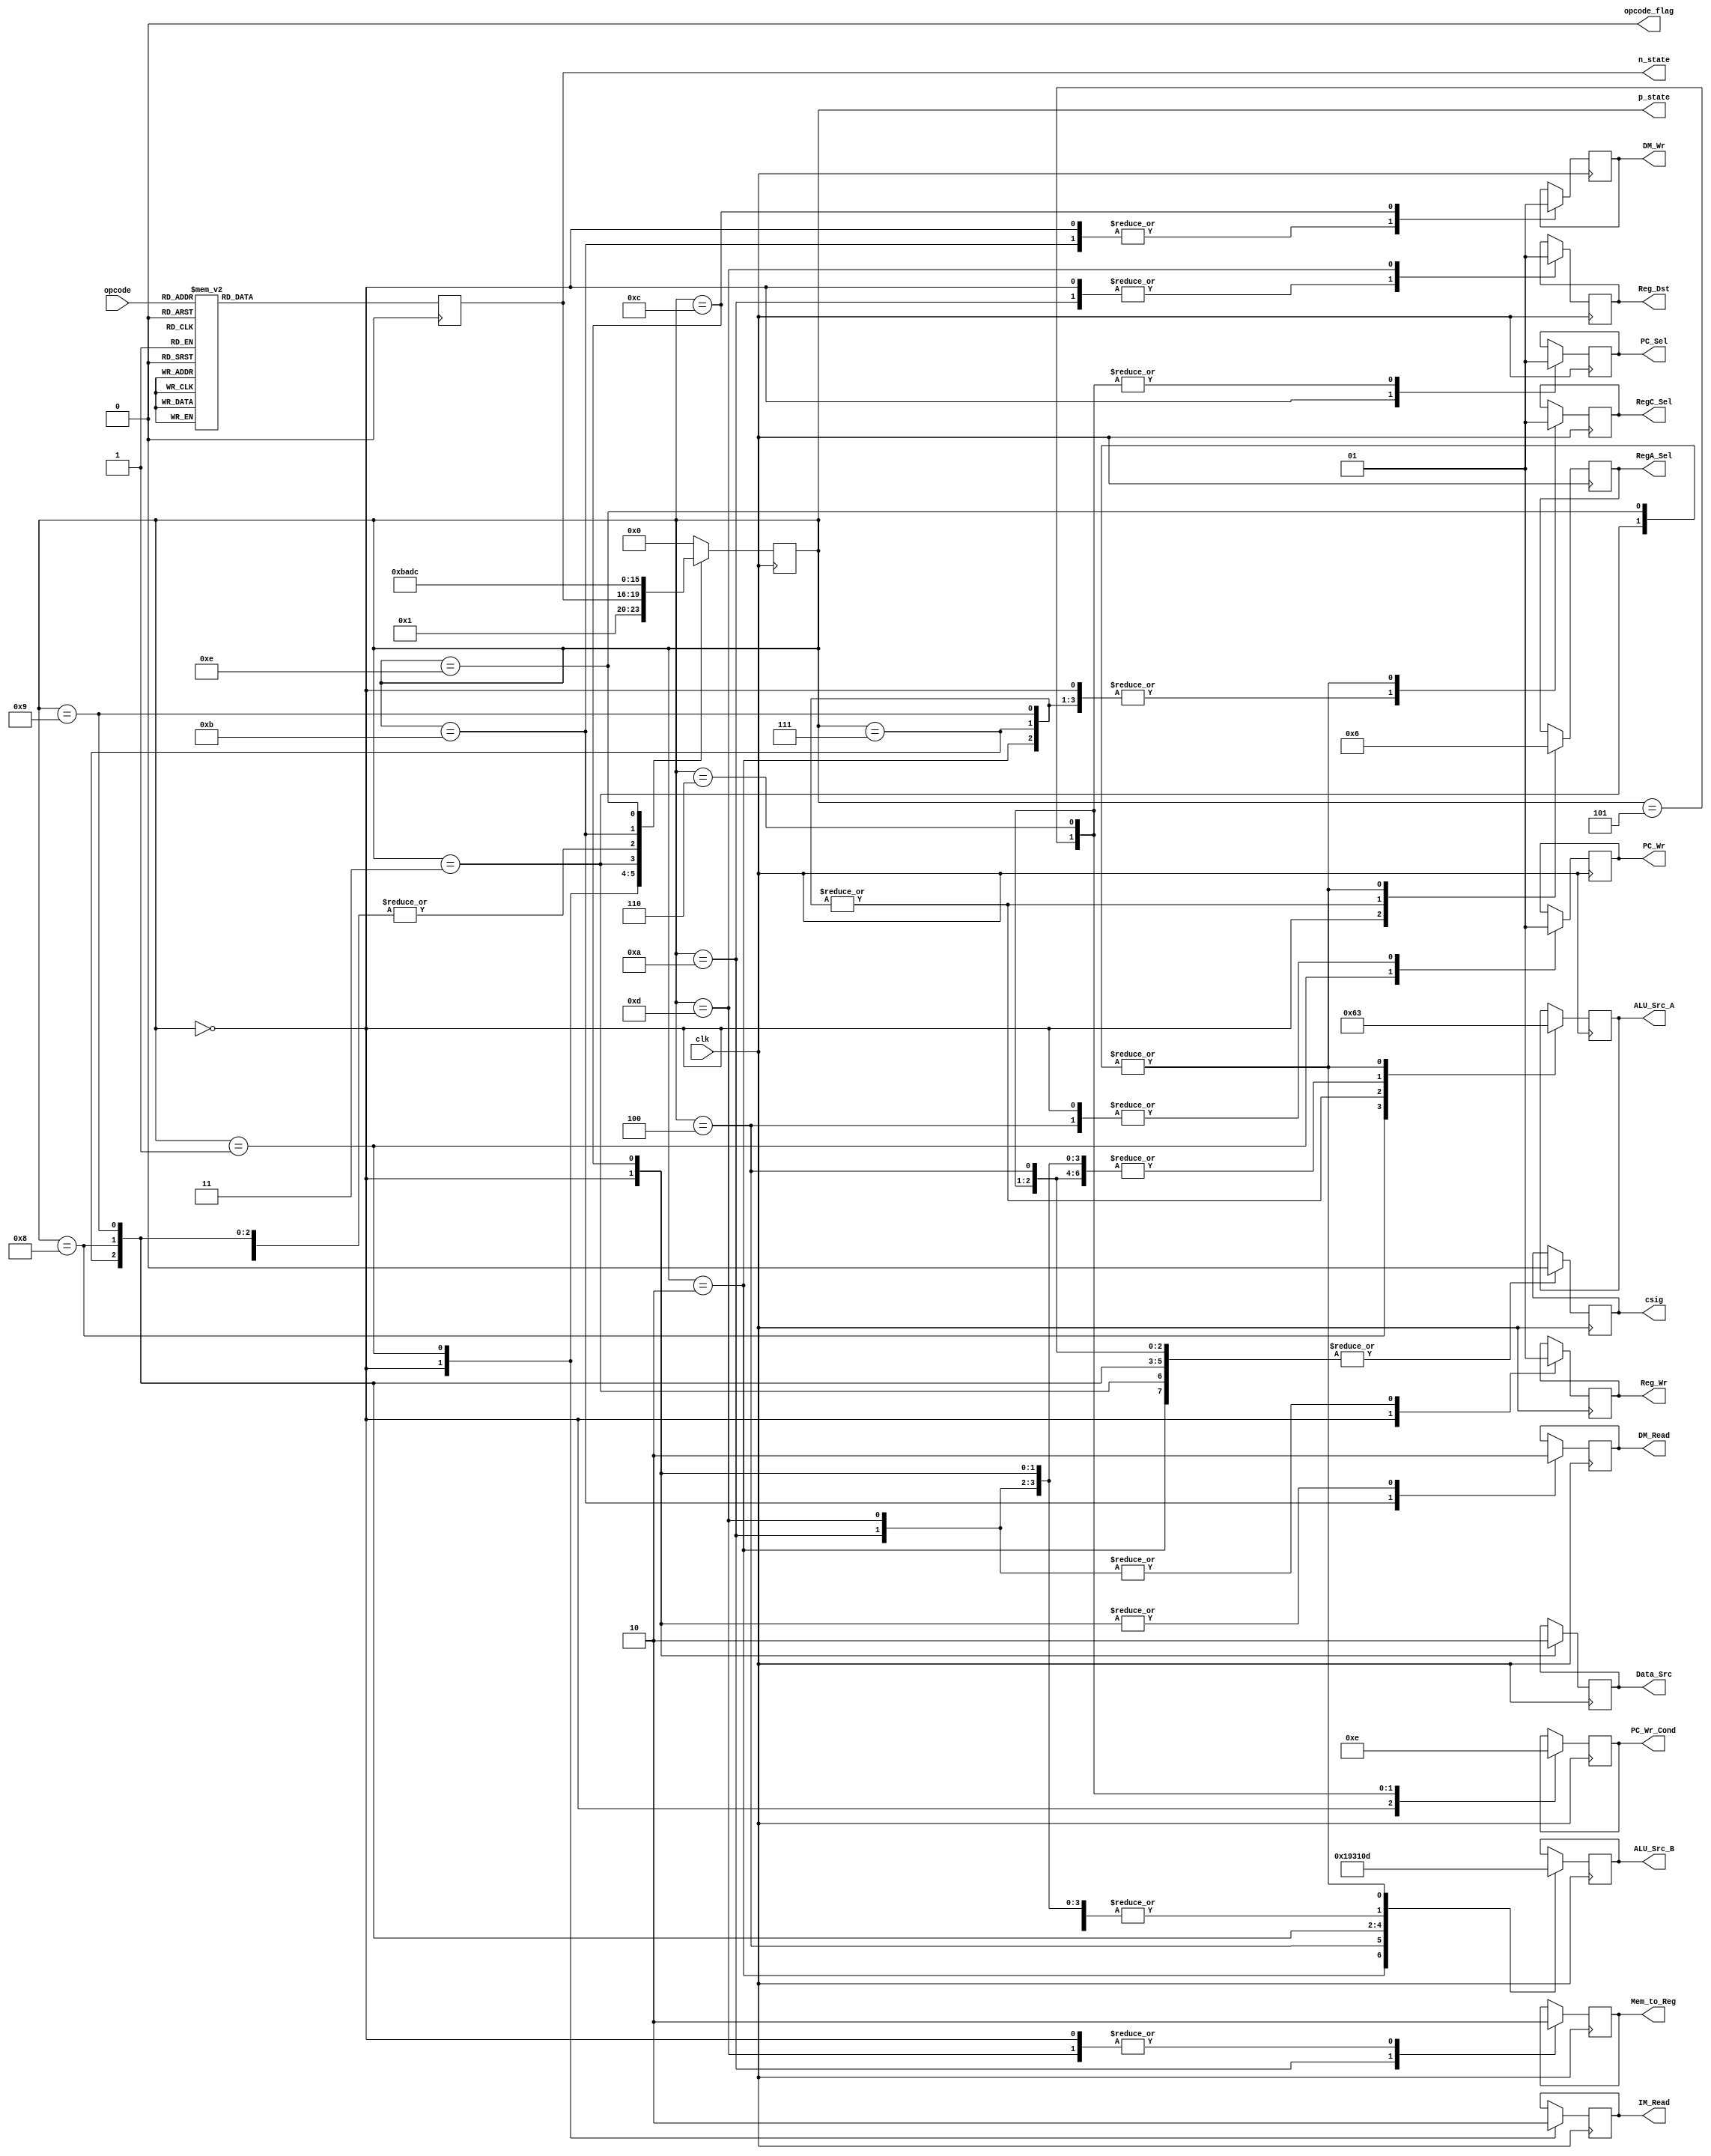
module control (
    output reg PC_Sel,
    output reg PC_Wr,
    output reg IM_Read,
    output reg DM_Read,
    output reg DM_Wr,
    output reg Reg_Dst,
    output reg Mem_to_Reg,
    output reg Reg_Wr,
    output reg Data_Src,
    output reg [1:0]PC_Wr_Cond,
    output reg [1:0] ALU_Src_A,
    output reg [2:0] ALU_Src_B,
    output reg [1:0] RegA_Sel,
    output reg RegC_Sel,
    output reg csig,
    input [3:0] opcode,
    input clk,
    output reg [3:0] p_state,    
    output reg [3:0] n_state,
    output reg opcode_flag
    );

    // reg [3:0] p_state, n_state
    // reg opcode_flag;
    // reg opcode;
    initial begin
        p_state = 4'b0000;
        //n_state = 4'b0001;
        opcode_flag = 1'b0;
    end
    
    always @(negedge clk) begin
        case (p_state)
            4'h0: begin
                    PC_Sel = 1'b0; PC_Wr = 1'b1; IM_Read = 1'b1; DM_Read = 1'b0;
                    DM_Wr = 1'b0; Reg_Dst = 1'b0; Mem_to_Reg = 1'b0; Reg_Wr = 1'b0;
                    Data_Src = 1'b1; PC_Wr_Cond = 2'b0; ALU_Src_A = 2'b00; ALU_Src_B = 3'b001;
                    p_state = 4'h1;
                    RegA_Sel = 2'b0;
                    RegC_Sel = 1'b0;  
                    opcode_flag = 1'b1;
                  end
            4'h1: begin
                    PC_Wr = 1'b0; IM_Read = 1'b0;
                    p_state = n_state;
                  end
            4'h2: begin
                    csig = 1'b0;                  
                    ALU_Src_A = 2'b10; ALU_Src_B = 3'b110;
                    p_state = 4'hA;
                    RegA_Sel = 2'b01;
                    RegC_Sel = 1'b0;
                  end
            4'h3: begin
                    csig = 1'b0;                  
                    ALU_Src_A = 2'b11; ALU_Src_B = 3'b101;
                    p_state = 4'hB;
                    RegA_Sel = 2'b10;
                    RegC_Sel = 1'b1;
                  end
            4'h4: begin
                    ALU_Src_A = 2'b00; ALU_Src_B = 3'b010; PC_Wr = 1'b1;
                    csig = 1'b0;                  
                    p_state = 4'h0;
                  end
            4'h5: begin
                    PC_Wr_Cond = 2'b11; PC_Sel = 1'b1; ALU_Src_A = 2'b01; ALU_Src_B = 4'b0;
                    p_state = 4'h0;
                    csig = 1'b0;                  
                    ALU_Src_A = 2'b00; ALU_Src_B = 3'b001;
                  end
            4'h6: begin
                    PC_Wr_Cond = 2'b10; PC_Sel = 1'b1; ALU_Src_A = 2'b01; ALU_Src_B = 4'b0;
                    csig = 1'b0;                  
                    p_state = 4'h0;
                    ALU_Src_A = 2'b00; ALU_Src_B = 3'b001;
                  end
            4'h7: begin
                    ALU_Src_A = 2'b10; ALU_Src_B = 3'b011;
                    csig = 1'b0;                  
                    p_state = 4'hA;
                    RegA_Sel = 2'b01;
                    RegC_Sel = 1'b0;
                  end
            4'h8: begin
                    ALU_Src_A = 2'b01; ALU_Src_B = 3'b0;
                    csig = 1'b0;                  
                    p_state = 4'hA;
                  end
            4'h9: begin
                    ALU_Src_A = 2'b10; ALU_Src_B = 3'b100;
                    csig = 1'b0;                  
                    p_state = 4'hA;
                    RegA_Sel = 2'b01;
                    RegC_Sel = 1'b0;
                  end
            
            4'hA: begin
                    Mem_to_Reg = 1'b1; Reg_Dst = 1'b0; Reg_Wr = 1'b1;
                    p_state = 4'h0;
                    ALU_Src_A = 2'b00; ALU_Src_B = 3'b001;

                  end
            4'hB: begin
                    DM_Read = 1'b1; DM_Wr = 1'b0;
                    p_state = 4'hD;
                  end
            4'hC: begin
                    Data_Src = 1'b0; DM_Wr = 1'b1; DM_Read = 1'b0;
                    p_state = 4'h0;
                    ALU_Src_A = 2'b00; ALU_Src_B = 3'b001;
                  end
            4'hD: begin
                    Reg_Dst = 1'b1; Mem_to_Reg = 1'b0; Reg_Wr = 1'b1;
                    p_state = 4'h0;
                    ALU_Src_A = 2'b00; ALU_Src_B = 3'b001;
                  end
            4'hE: begin
                    ALU_Src_A = 2'b11; ALU_Src_B = 3'b101;
                    p_state = 4'hC;
                    RegA_Sel = 2'b10;
                    RegC_Sel = 1'b1;
                  end

            default: p_state = 4'h0;
        endcase
    end

    always @(posedge opcode_flag) begin
        case (opcode)
            4'h0: n_state = 4'h2;
            4'h1: n_state = 4'h3;
            4'h2: n_state = 4'hE;
            4'h3: n_state = 4'h4;
            4'h4: n_state = 4'h5;
            4'h5: n_state = 4'h6;
            4'h6, 4'h7, 4'h9, 4'hD: n_state = 4'h7;
            4'h8, 4'hB, 4'hC, 4'hF: n_state = 4'h8;
            4'hA, 4'hE: n_state = 4'h9;
            default: n_state = 4'h0;    // Find better default.
        endcase
        opcode_flag = 1'b0;
    end
    // always @(n_state) begin
    //     opcode_flag = 1'b0;
    // end

endmodule